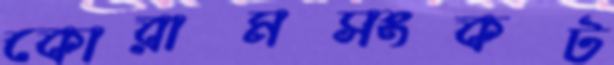
কোরামসংকট